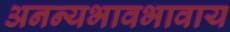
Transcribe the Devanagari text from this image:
अनन्यभावभावाय